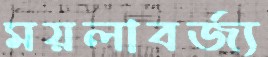
ময়লাবর্জ্য